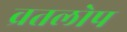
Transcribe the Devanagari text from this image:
व्रतलोप